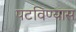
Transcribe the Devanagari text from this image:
पटविण्यास